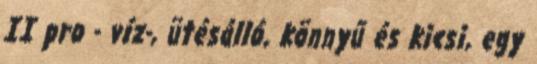
II pro - víz-, ütésálló, könnyű és kicsi, egy